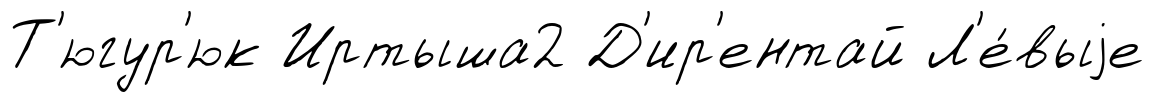
Т'югур'юк Иртыша2 Д'ир'ентай Л'е́выjе